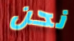
نحن